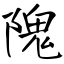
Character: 隗